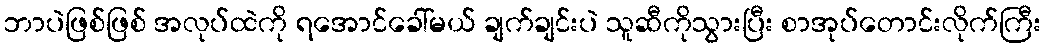
ဘာပဲဖြစ်ဖြစ် အလုပ်ထဲကို ရအောင်ခေါ်မယ် ချက်ချင်းပဲ သူဆီကိုသွားပြီး စာအုပ်တောင်းလိုက်ကြီး